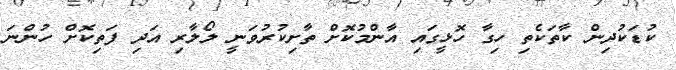
ކުޑަކުދިން ކާތަކެތި ހިގާ ހޮޅީގައި އާންމުކޮށް ތާށިކުރުވަނީ ލޯލާރި އަދި ފަތިކޮށް ހުންނަ